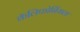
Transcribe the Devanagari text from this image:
कॅलिफोर्नियाला